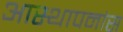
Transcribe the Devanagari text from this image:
आस्थापनांस